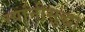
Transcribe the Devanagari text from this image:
त्यांनीसुद्धा